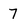
Character: 7